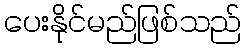
ပေးနိုင်မည်ဖြစ်သည်